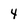
Character: 4